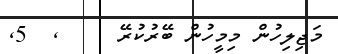
މަޖިލިހުން މިމީހުން ބޭރުކުރޭ